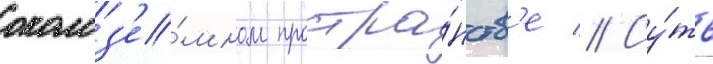
околоз'е́мном простра́нств'е // Су́ть